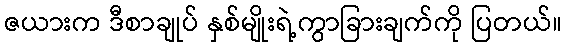
ဇယားက ဒီစာချုပ် နှစ်မျိုးရဲ့ကွာခြားချက်ကို ပြတယ်။